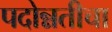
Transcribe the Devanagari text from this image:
पदोन्नतीचा